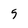
Character: 5